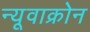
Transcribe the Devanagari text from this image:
न्यूवाक्रोन